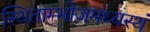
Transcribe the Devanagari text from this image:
स्थिताम्भोजमध्यस्थं